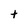
Character: t